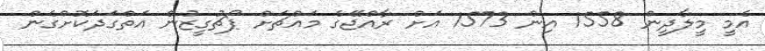
އެމީ މީލާދީން 1558 އިން 1573 އަށް ރާއްޖޭގެ މައްޗަށް ޕޯޗުގީޒުން އަތްގަދަކޮށްގެން